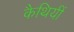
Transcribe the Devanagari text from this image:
कैथियीं